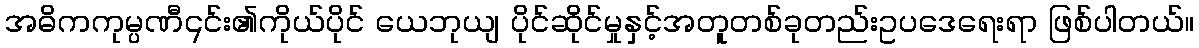
အဓိကကုမ္ပဏီ၎င်း၏ကိုယ်ပိုင် ယေဘုယျ ပိုင်ဆိုင်မှုနှင့်အတူတစ်ခုတည်းဥပဒေရေးရာ ဖြစ်ပါတယ်။